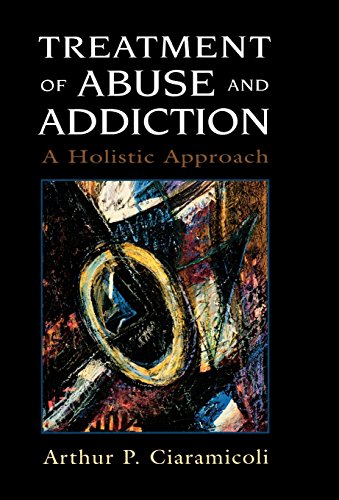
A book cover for Treatment of Abuse and Addiction: A Holistic Approach; Arthur P. Ciaramicoli; Health, Fitness & Dieting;